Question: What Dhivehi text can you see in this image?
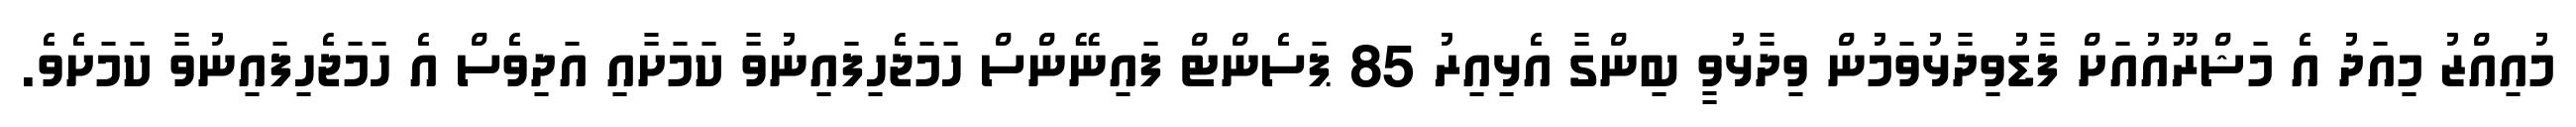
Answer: މުއިއްޒު މިއަދު އެ މަޝްރޫއުއަށް ފާޑުވިދާޅުވަމުން ވިދާޅުވީ ބިންގާ އެޅިއިރު 85 ޕަސެންޓް ފައިނޭންސް ހަމަޖެހިފައިނުވާ ކަމަށާއި އަދިވެސް އެ ހަމަޖެހިފައިނުވާ ކަމަށެވެ.